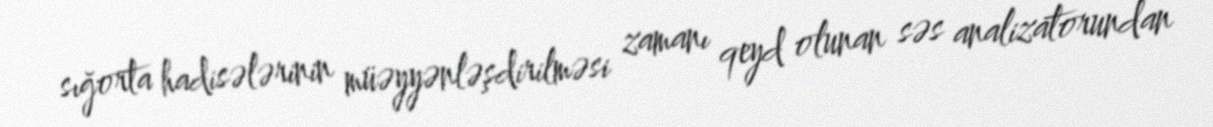
sığorta hadisələrinin müəyyənləşdirilməsi zamanı qeyd olunan səs analizatorundan